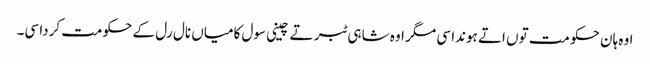
اوہ ہان حکومت توں اتے ہوندا سی مگر اوہ شاہی ٹبر تے چینی سول کامیاں نال رل کے حکومت کردا سی۔